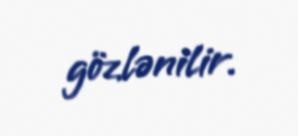
gözlənilir.